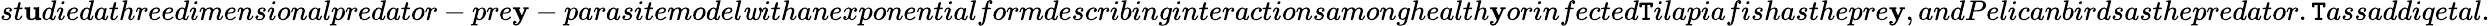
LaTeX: st\mathbf{u}diedathreedimensionalpredator-pre\mathbf{y}-parasitemodel\mathit{w}ithanexponentialformdescribinginteractionsamonghealth\mathbf{y}orinfected\mathtt{T}ilapiafishasthepre\mathbf{y},andPelicanbirdsasthepredator.\mathtt{T}assaddiqetal.